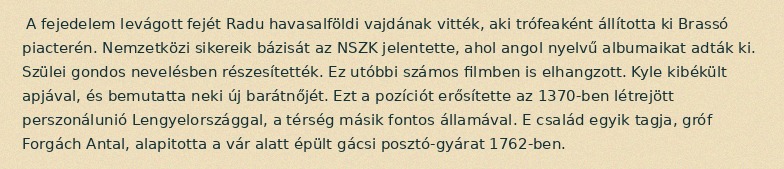
A fejedelem levágott fejét Radu havasalföldi vajdának vitték, aki trófeaként állította ki Brassó piacterén. Nemzetközi sikereik bázisát az NSZK jelentette, ahol angol nyelvű albumaikat adták ki. Szülei gondos nevelésben részesítették. Ez utóbbi számos filmben is elhangzott. Kyle kibékült apjával, és bemutatta neki új barátnőjét. Ezt a pozíciót erősítette az 1370-ben létrejött perszonálunió Lengyelországgal, a térség másik fontos államával. E család egyik tagja, gróf Forgách Antal, alapitotta a vár alatt épült gácsi posztó-gyárat 1762-ben.